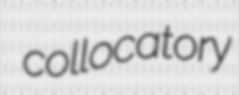
collocatory